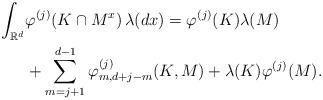
LaTeX: \begin{align*} \int_{{\mathbb R}^d} &\varphi^{(j)}(K \cap M^x) \, \lambda(d x)= \varphi^{(j)}(K)\lambda (M)\\& + \sum_{m=j+1}^{d-1}\varphi_{m,d+j-m}^{(j)}(K,M) +\lambda (K)\varphi^{(j)}(M) .\end{align*}